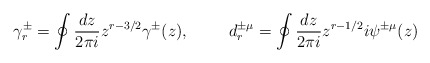
\begin{align*}\gamma_r^{\pm} = \oint \frac{dz}{2\pi i} z^{r-3/2} \gamma^{\pm} (z), \hspace{1cm}d_r^{\pm\mu} = \oint \frac{dz}{2\pi i} z^{r-1/2} i \psi^{\pm\mu} (z)\end{align*}